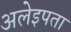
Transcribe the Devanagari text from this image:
अलेइपता